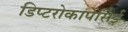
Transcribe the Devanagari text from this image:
डिप्टरोकार्पेसिई